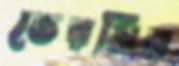
ভেরমির